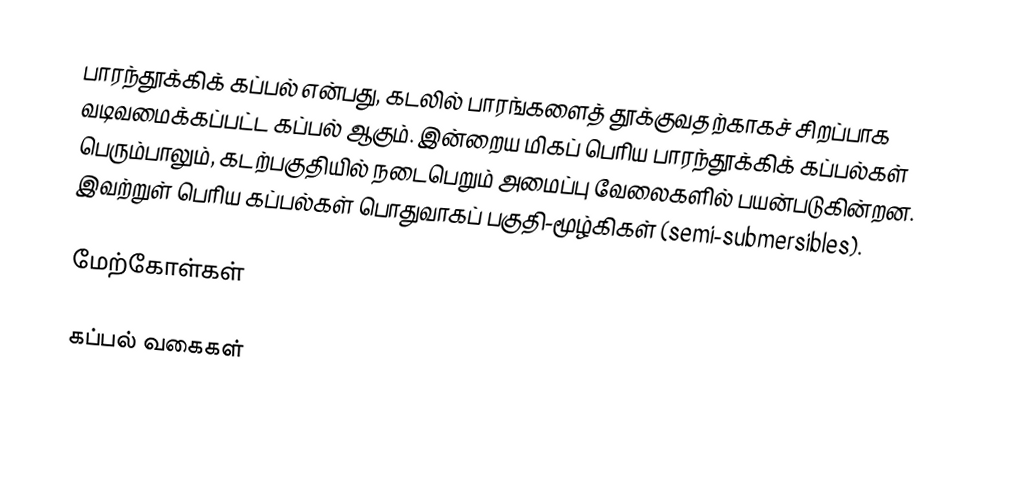
பாரந்தூக்கிக் கப்பல் என்பது, கடலில் பாரங்களைத் தூக்குவதற்காகச் சிறப்பாக வடிவமைக்கப்பட்ட கப்பல் ஆகும். இன்றைய மிகப் பெரிய பாரந்தூக்கிக் கப்பல்கள் பெரும்பாலும், கடற்பகுதியில் நடைபெறும் அமைப்பு வேலைகளில் பயன்படுகின்றன. இவற்றுள் பெரிய கப்பல்கள் பொதுவாகப் பகுதி-மூழ்கிகள் (semi-submersibles).

மேற்கோள்கள்

கப்பல் வகைகள்